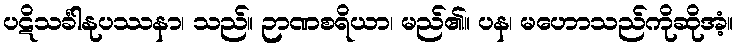
ပဋိသင်္ခါနုပဿနာ၊ သည်။ ဉာဏစရိယာ၊ မည်၏။ ပန၊ မဟောသည်ကိုဆိုအံ့။